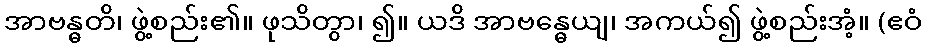
အာဗန္ဓတိ၊ ဖွဲ့စည်း၏။ ဖုသိတွာ၊ ၍။ ယဒိ အာဗန္ဓေယျ၊ အကယ်၍ ဖွဲ့စည်းအံ့။ (ဧဝံ